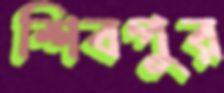
শিবপুর